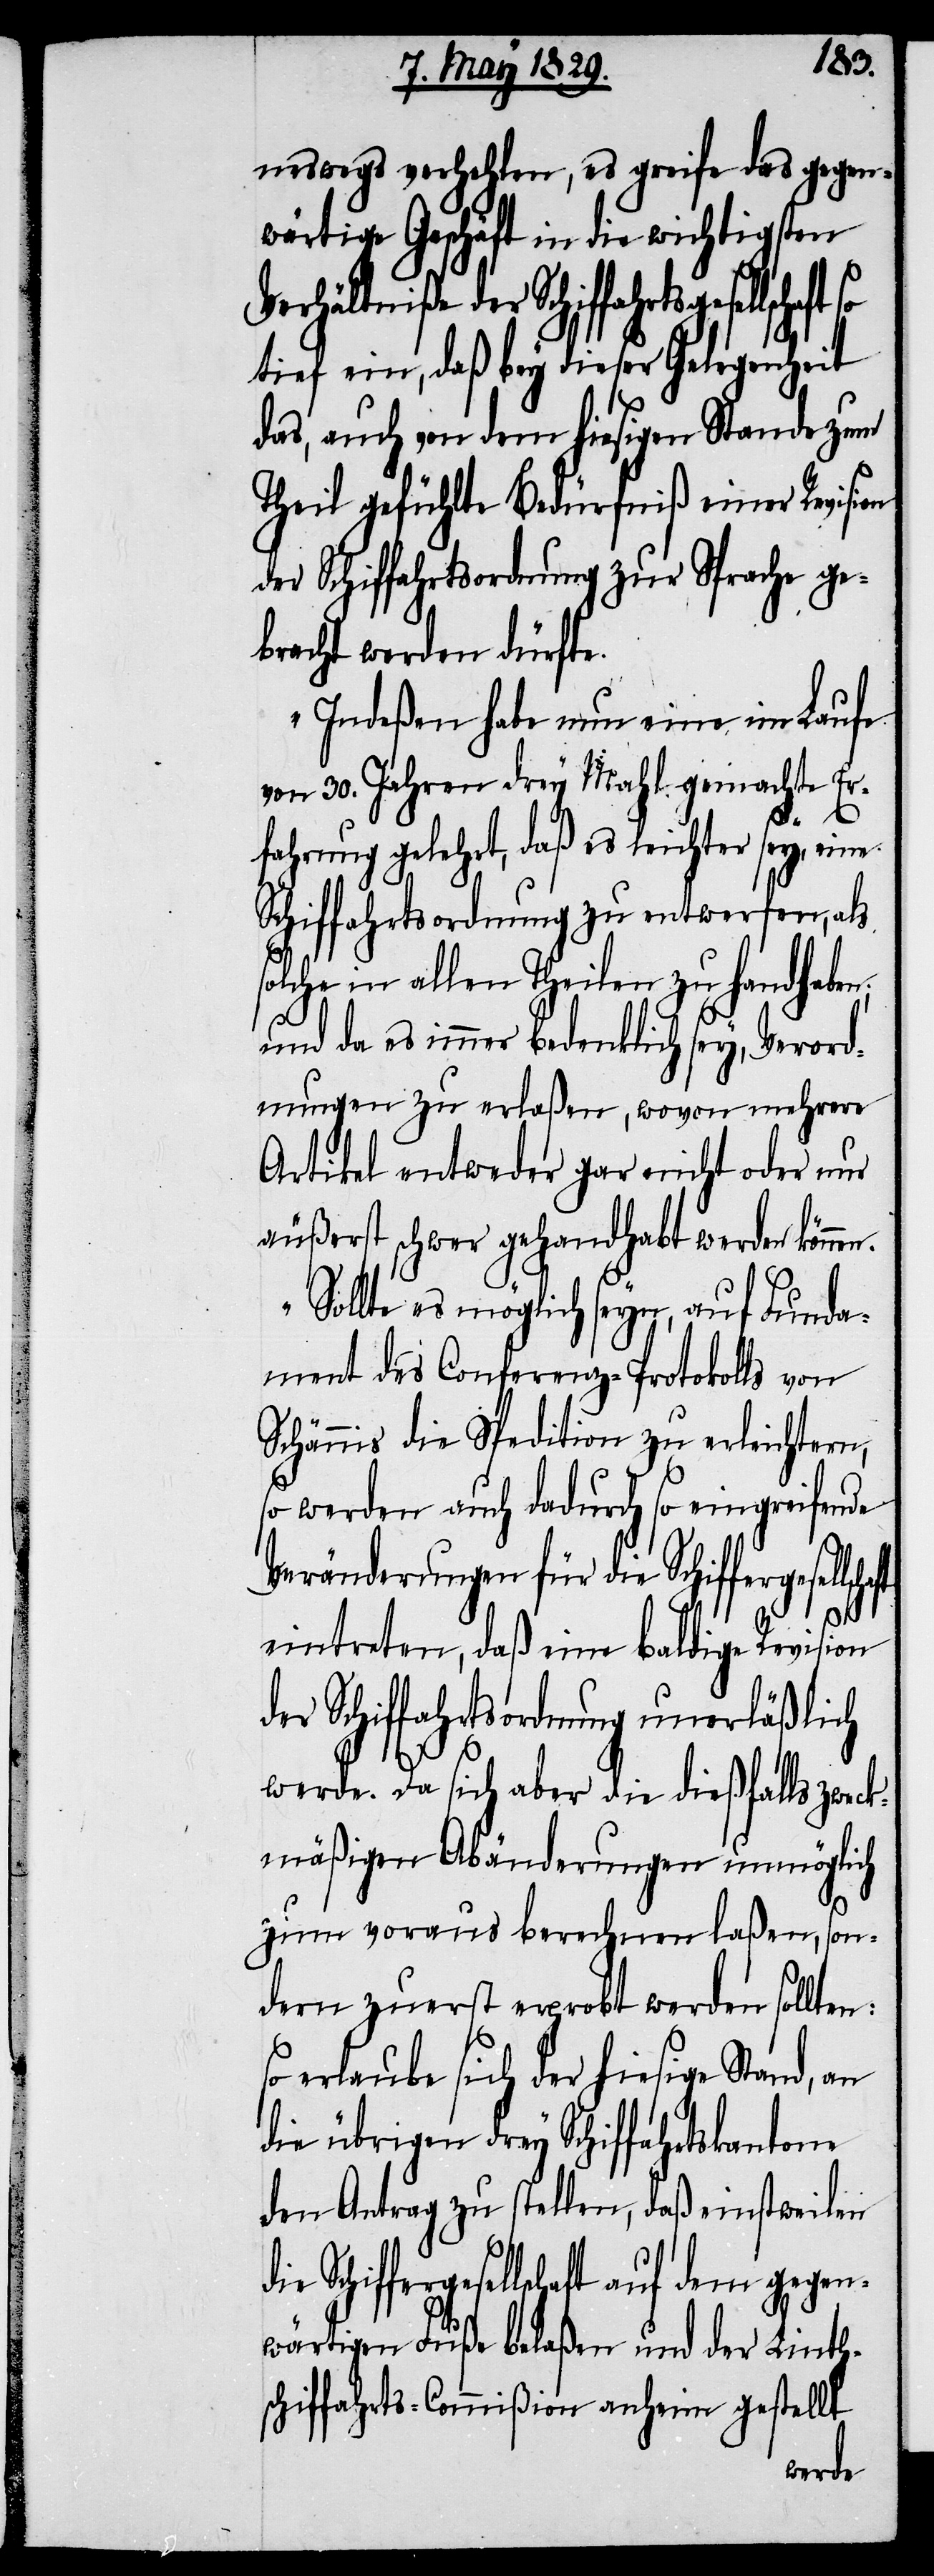
n.
neswegs verhehlen, es greife das gegen¬
wärtige Geschäft in die wichtigsten
Schiffergesellschaft
tief ein, daß bey dieser Gelegenheit
das, auch von dem hiesigen Stande zum
Theil gefühlte Bedürfniß einer Revision
der Schiffahrtsordnung zur Sprache ge¬
bracht werden dürfte.
Indeßen habe nun eine im Laufe
von 30. Jahren drey Mahl gemachte Erf¬
ahrung gelehrt, daß es leichter
Schiffahrtsordnung zu entwerfen, als
solche in allen Theilen zu handhaben;
und da es immer bedenklich sey, Verord¬
nungen zu erlaßen, wovon mehrere
Artikel entweder gar nicht oder nur
äußerst schwer gehandhabt werden könne¬
Sollte es möglich seyn, auf Funda¬
ment des Conferenz-Protokolls von
Schännis die Spedition zu erleichtern,
so werden auch dadurch so eingreifende
Veränderungen für die
eintreten, daß eine baldige Revision
der Schiffahrtsordnung unerläßlich
werde. Da sich aber die dießfalls zwec¬
kmäßigen Abänderungen unmöglich
zum voraus berechnen laßen, son¬
dern zuerst erprobt werden sollten:
so erlaube sich der hiesige Stand, an
die übrigen drey Schiffahrtskantone
den Antrag zu stellen, daß einstweilen
Schiffergesellschaft auf dem gegen¬
wärtigen Fuße belaßen und der Linth¬
schiffahrts-Commißion anheim gestellt